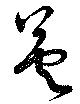
英